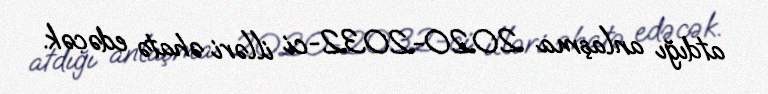
atdığı anlaşma 2020-2032-ci illəri əhatə edəcək.